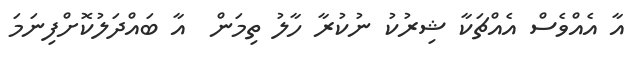
އާ އެއްވެސް އެއްޗަކާ ޝިރުކު ނުކުރާ ހާލު ތިމަން  އާ ބައްދަލުކޮށްފިނަމަ